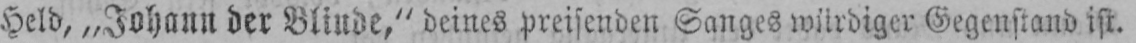
Held, „Johann der Blinde,“ deines preisenden Sanges würdiger Gegenstand ist.